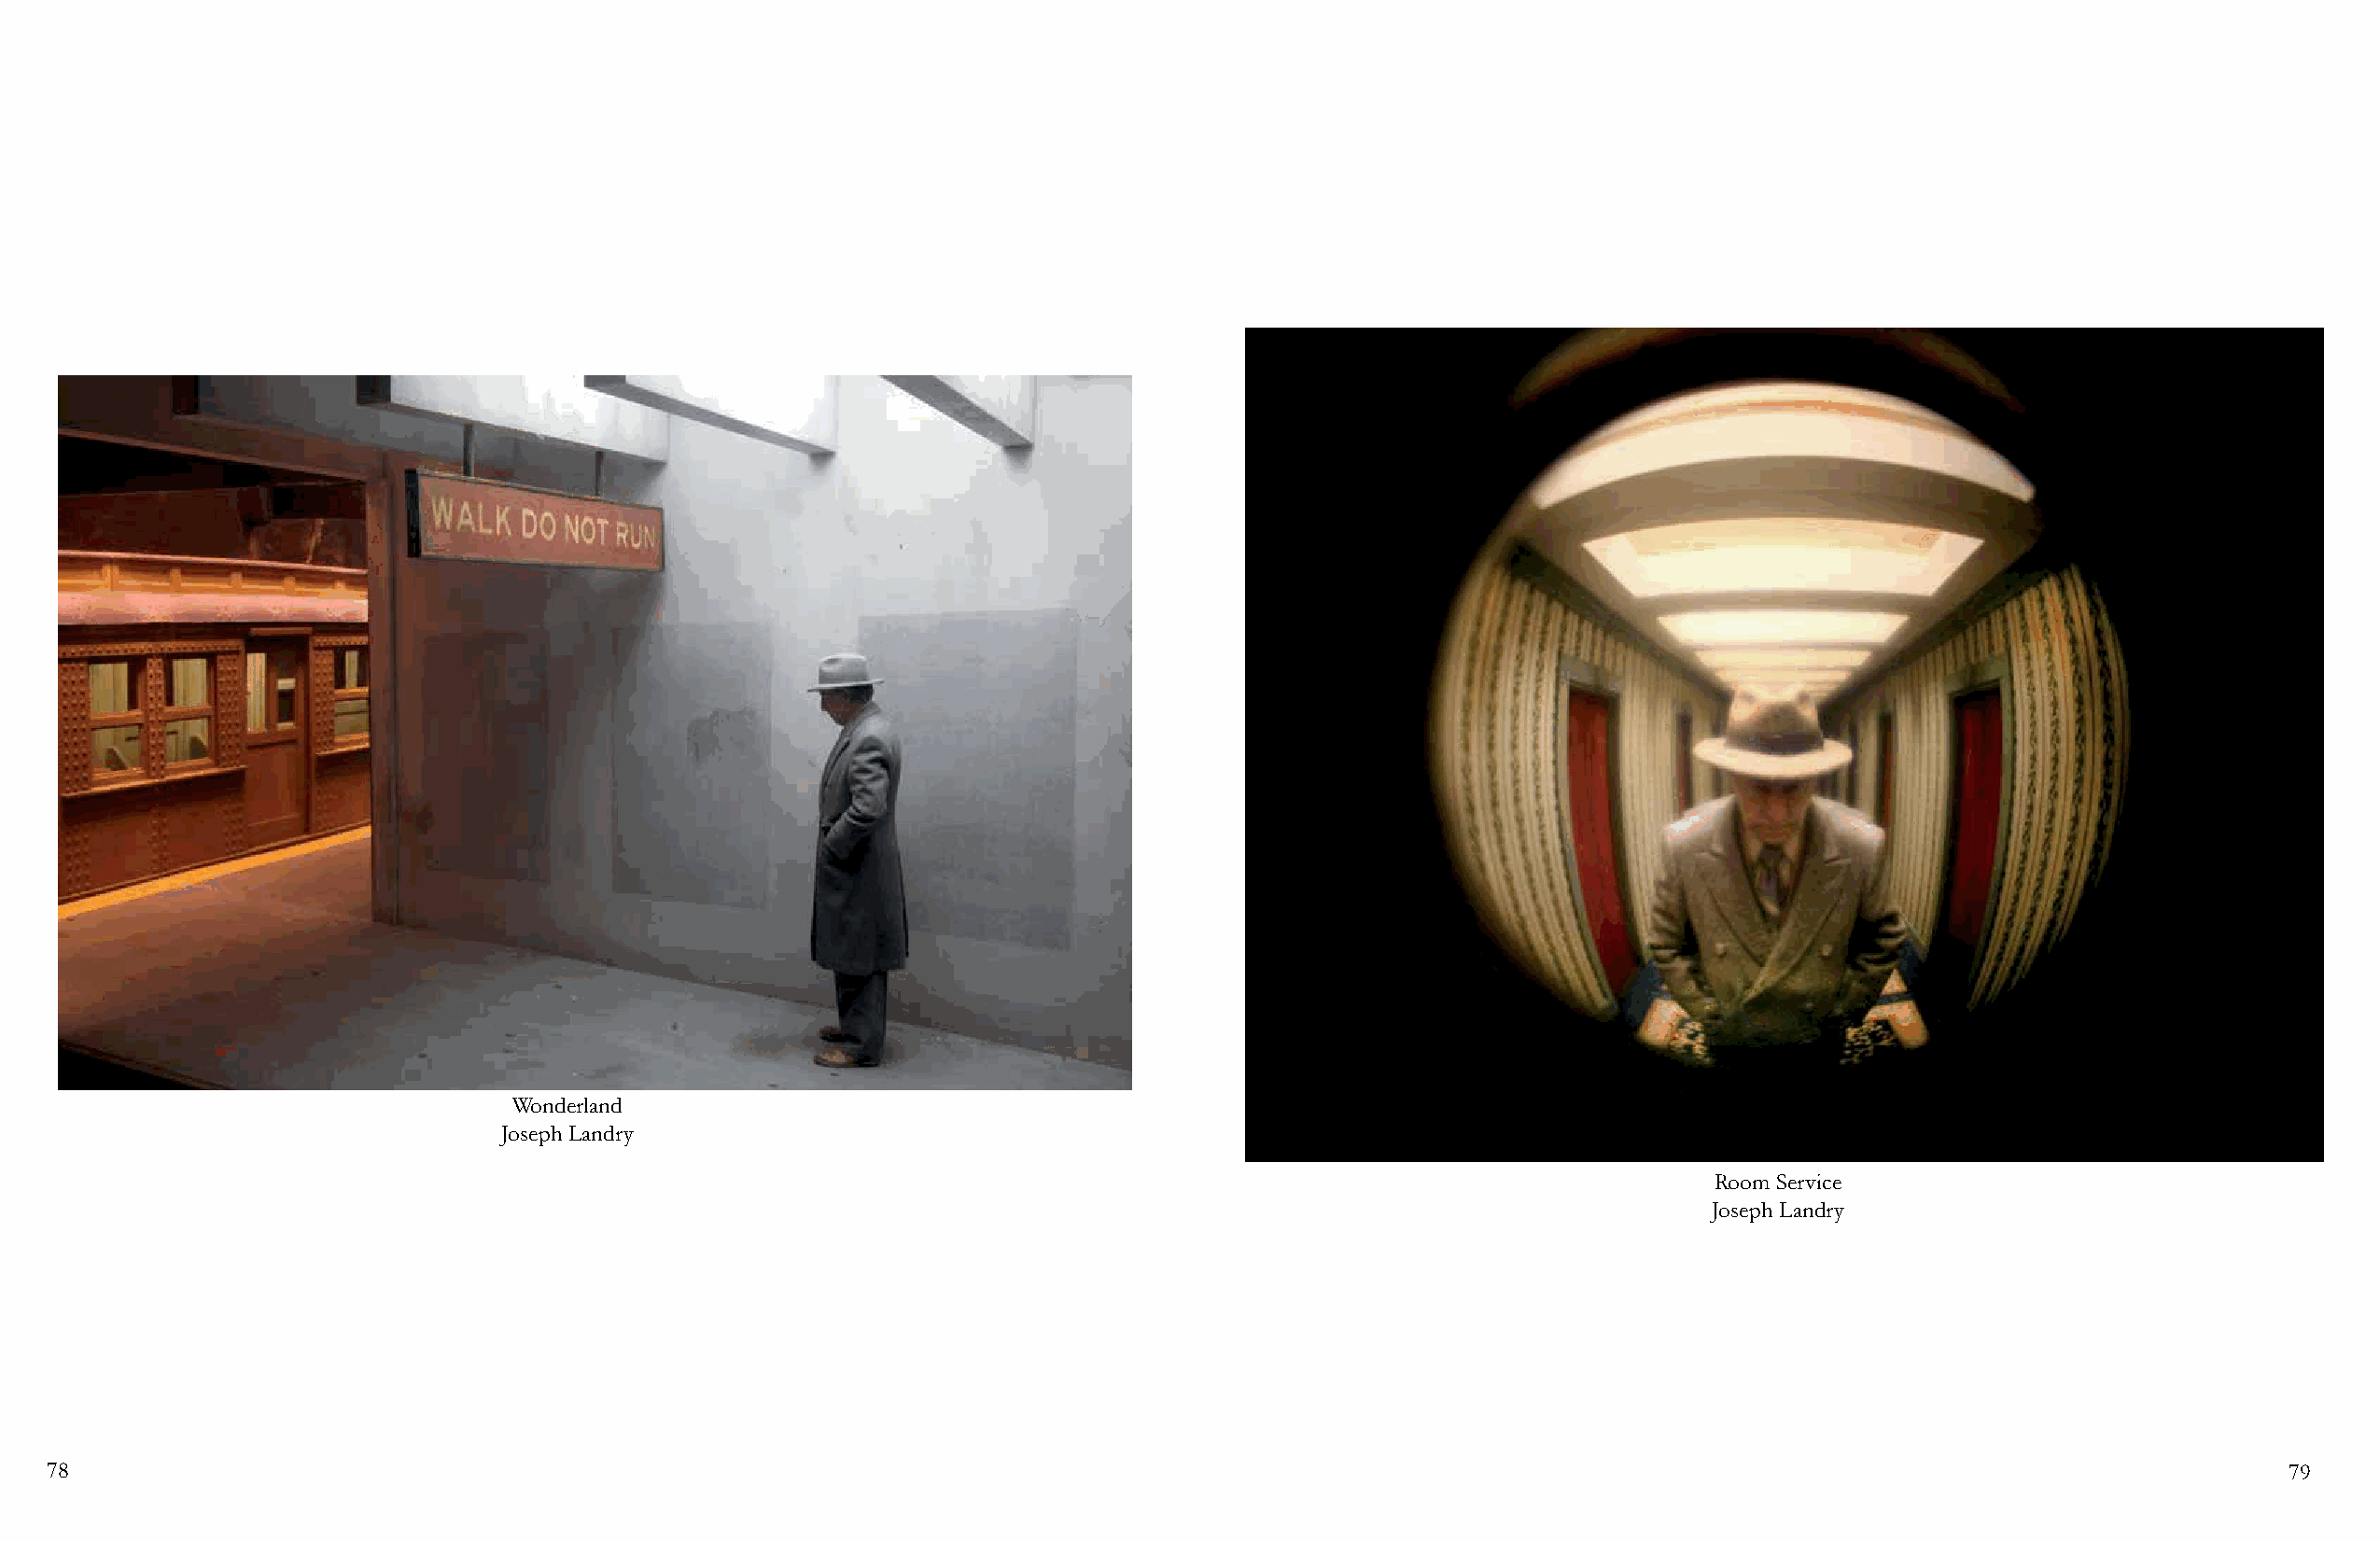
Wonderland
 Joseph Landry
 Room Service
 Joseph Landry
 78                                                                                                                                                             79